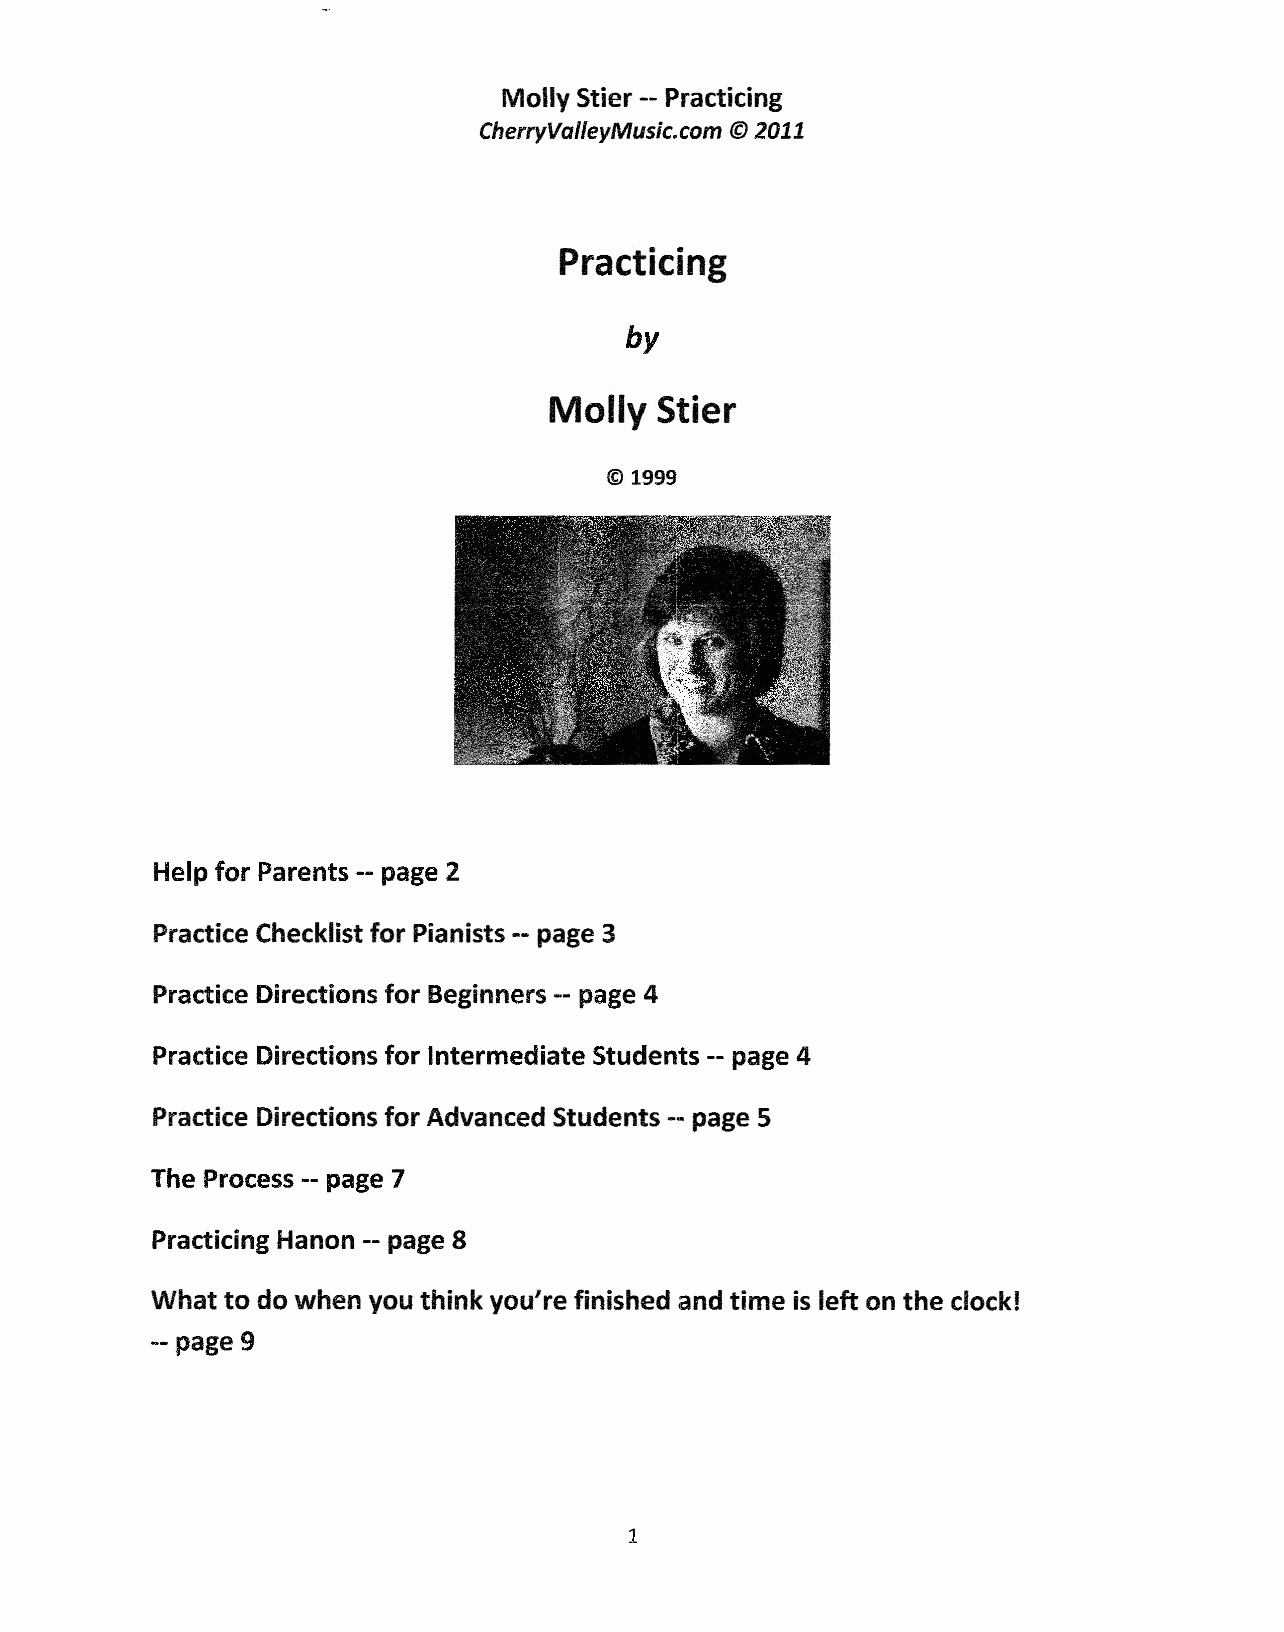
Molly Stier -- Practicing
 CherryValleyMusic.com © 2011
 Practicing
 by
 Molly  Stier
 © 1999
 Help for Parents -- page 2
 Practice Checklist for Pianists -- page 3
 Practice Directions for Beginners -- page 4
 Practice Directions for Intermediate Students -- page 4
 Practice Directions for Advanced Students -- page 5
 The Process -- page 7
 Practicing Hanan -- page 8
 What to do when you think you're finished and time is left on the clock!
 -- page 9
 1